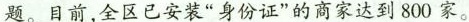
题。目前，全区已安装”身份证”的商家达到800家。